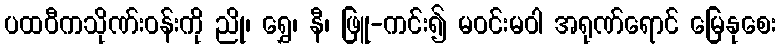
ပထဝီကသိုဏ်းဝန်းကို ညို၊ ရွှေ၊ နီ၊ ဖြူ-ကင်း၍ မဝင်းမဝါ အရုဏ်ရောင် မြေနုစေး